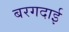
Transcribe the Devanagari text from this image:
बरगदाई